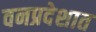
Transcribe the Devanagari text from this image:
वनप्रदेशात